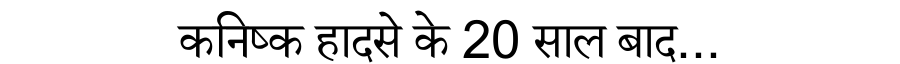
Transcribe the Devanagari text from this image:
कनिष्क हादसे के 20 साल बाद...